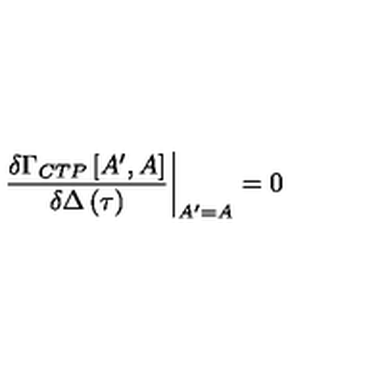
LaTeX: \frac { \delta \Gamma _ { C T P } \left[ A ^ { \prime } , A \right] } { \delta \Delta \left( \tau \right) } \bigg | _ { A ^ { \prime } = A } = 0